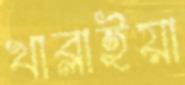
খাব্‌লাইয়া